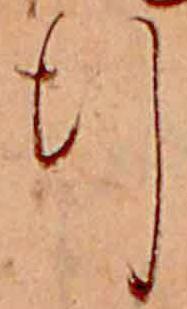
行